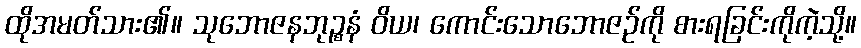
ထိုအမတ်သား၏။ သုဘောဇနဘုဉ္စနံ ဝိယ၊ ကောင်းသောဘောဇဉ်ကို စားရခြင်းကိုကဲ့သို့။